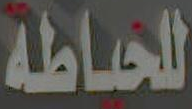
للحفاظة